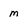
Character: m